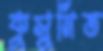
কুসুমিত